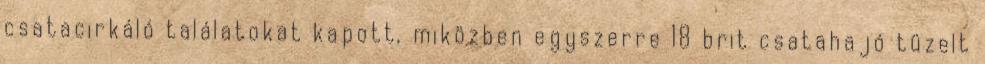
csatacirkáló találatokat kapott, miközben egyszerre 18 brit csatahajó tüzelt